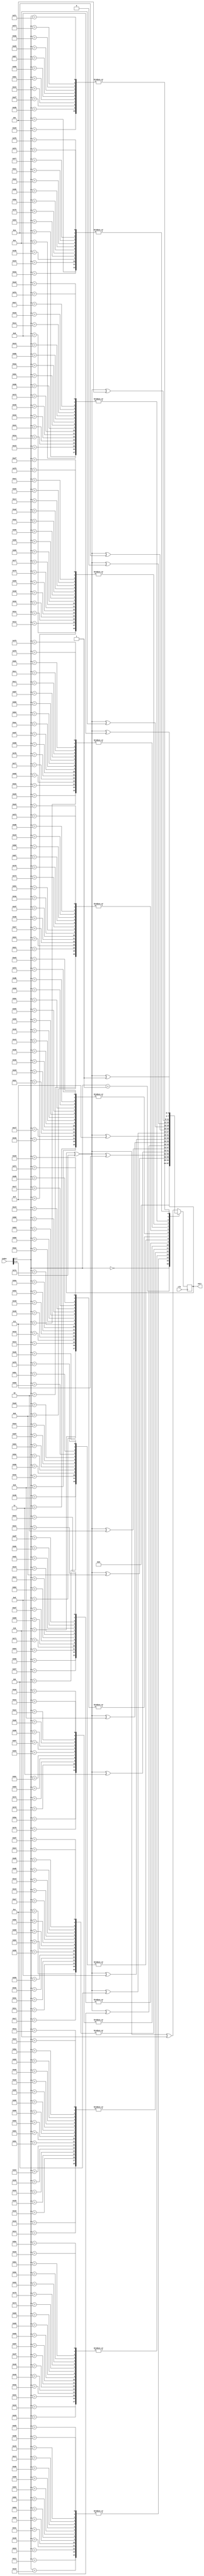
// DESCRIPTION: Verilator: Verilog Test module
//
// This file ONLY is placed into the Public Domain, for any use,
// without warranty, 2005 by Wilson Snyder.

module t_case_huge_sub3 (/*AUTOARG*/
   // Outputs
   outr, 
   // Inputs
   clk, index
   );

   input clk;
   input [9:0] index;
   output [3:0] outr;

   // =============================
   /*AUTOREG*/
   // Beginning of automatic regs (for this module's undeclared outputs)
   reg [3:0]		outr;
   // End of automatics

   // =============================
   // Created from perl
   //for $i (0..255) { $r=rand(4); printf "\t8'h%02x: begin outr <= outr^index[8:5]^4'h%01x; end\n", $i,
   //rand(256); };

   // Reset cheating
   initial outr = 4'b0;

   always @(posedge clk) begin
      case (index[7:0])
	8'h00: begin outr <= 4'h0; end
	8'h01: begin /*No Change*/ end
	8'h02: begin outr <= outr^index[8:5]^4'ha; end
	8'h03: begin outr <= outr^index[8:5]^4'h4; end
	8'h04: begin outr <= outr^index[8:5]^4'hd; end
	8'h05: begin outr <= outr^index[8:5]^4'h1; end
	8'h06: begin outr <= outr^index[8:5]^4'hf; end
	8'h07: begin outr <= outr^index[8:5]^4'he; end
	8'h08: begin outr <= outr^index[8:5]^4'h0; end
	8'h09: begin outr <= outr^index[8:5]^4'h4; end
	8'h0a: begin outr <= outr^index[8:5]^4'h5; end
	8'h0b: begin outr <= outr^index[8:5]^4'ha; end
	8'h0c: begin outr <= outr^index[8:5]^4'h2; end
	8'h0d: begin outr <= outr^index[8:5]^4'hf; end
	8'h0e: begin outr <= outr^index[8:5]^4'h5; end
	8'h0f: begin outr <= outr^index[8:5]^4'h0; end
	8'h10: begin outr <= outr^index[8:5]^4'h3; end
	8'h11: begin outr <= outr^index[8:5]^4'hb; end
	8'h12: begin outr <= outr^index[8:5]^4'h0; end
	8'h13: begin outr <= outr^index[8:5]^4'hf; end
	8'h14: begin outr <= outr^index[8:5]^4'h3; end
	8'h15: begin outr <= outr^index[8:5]^4'h5; end
	8'h16: begin outr <= outr^index[8:5]^4'h7; end
	8'h17: begin outr <= outr^index[8:5]^4'h2; end
	8'h18: begin outr <= outr^index[8:5]^4'h3; end
	8'h19: begin outr <= outr^index[8:5]^4'hb; end
	8'h1a: begin outr <= outr^index[8:5]^4'h5; end
	8'h1b: begin outr <= outr^index[8:5]^4'h4; end
	8'h1c: begin outr <= outr^index[8:5]^4'h2; end
	8'h1d: begin outr <= outr^index[8:5]^4'hf; end
	8'h1e: begin outr <= outr^index[8:5]^4'h0; end
	8'h1f: begin outr <= outr^index[8:5]^4'h4; end
	8'h20: begin outr <= outr^index[8:5]^4'h6; end
	8'h21: begin outr <= outr^index[8:5]^4'ha; end
	8'h22: begin outr <= outr^index[8:5]^4'h6; end
	8'h23: begin outr <= outr^index[8:5]^4'hb; end
	8'h24: begin outr <= outr^index[8:5]^4'ha; end
	8'h25: begin outr <= outr^index[8:5]^4'he; end
	8'h26: begin outr <= outr^index[8:5]^4'h7; end
	8'h27: begin outr <= outr^index[8:5]^4'ha; end
	8'h28: begin outr <= outr^index[8:5]^4'h3; end
	8'h29: begin outr <= outr^index[8:5]^4'h8; end
	8'h2a: begin outr <= outr^index[8:5]^4'h1; end
	8'h2b: begin outr <= outr^index[8:5]^4'h8; end
	8'h2c: begin outr <= outr^index[8:5]^4'h4; end
	8'h2d: begin outr <= outr^index[8:5]^4'h4; end
	8'h2e: begin outr <= outr^index[8:5]^4'he; end
	8'h2f: begin outr <= outr^index[8:5]^4'h8; end
	8'h30: begin outr <= outr^index[8:5]^4'ha; end
	8'h31: begin outr <= outr^index[8:5]^4'h7; end
	8'h32: begin outr <= outr^index[8:5]^4'h0; end
	8'h33: begin outr <= outr^index[8:5]^4'h3; end
	8'h34: begin outr <= outr^index[8:5]^4'h1; end
	8'h35: begin outr <= outr^index[8:5]^4'h3; end
	8'h36: begin outr <= outr^index[8:5]^4'h4; end
	8'h37: begin outr <= outr^index[8:5]^4'h6; end
	8'h38: begin outr <= outr^index[8:5]^4'h4; end
	8'h39: begin outr <= outr^index[8:5]^4'hb; end
	8'h3a: begin outr <= outr^index[8:5]^4'h7; end
	8'h3b: begin outr <= outr^index[8:5]^4'h1; end
	8'h3c: begin outr <= outr^index[8:5]^4'h2; end
	8'h3d: begin outr <= outr^index[8:5]^4'h0; end
	8'h3e: begin outr <= outr^index[8:5]^4'h2; end
	8'h3f: begin outr <= outr^index[8:5]^4'ha; end
	8'h40: begin outr <= outr^index[8:5]^4'h7; end
	8'h41: begin outr <= outr^index[8:5]^4'h5; end
	8'h42: begin outr <= outr^index[8:5]^4'h5; end
	8'h43: begin outr <= outr^index[8:5]^4'h4; end
	8'h44: begin outr <= outr^index[8:5]^4'h8; end
	8'h45: begin outr <= outr^index[8:5]^4'h5; end
	8'h46: begin outr <= outr^index[8:5]^4'hf; end
	8'h47: begin outr <= outr^index[8:5]^4'h6; end
	8'h48: begin outr <= outr^index[8:5]^4'h7; end
	8'h49: begin outr <= outr^index[8:5]^4'h4; end
	8'h4a: begin outr <= outr^index[8:5]^4'ha; end
	8'h4b: begin outr <= outr^index[8:5]^4'hd; end
	8'h4c: begin outr <= outr^index[8:5]^4'hb; end
	8'h4d: begin outr <= outr^index[8:5]^4'hf; end
	8'h4e: begin outr <= outr^index[8:5]^4'hd; end
	8'h4f: begin outr <= outr^index[8:5]^4'h7; end
	8'h50: begin outr <= outr^index[8:5]^4'h9; end
	8'h51: begin outr <= outr^index[8:5]^4'ha; end
	8'h52: begin outr <= outr^index[8:5]^4'hf; end
	8'h53: begin outr <= outr^index[8:5]^4'h3; end
	8'h54: begin outr <= outr^index[8:5]^4'h1; end
	8'h55: begin outr <= outr^index[8:5]^4'h0; end
	8'h56: begin outr <= outr^index[8:5]^4'h2; end
	8'h57: begin outr <= outr^index[8:5]^4'h9; end
	8'h58: begin outr <= outr^index[8:5]^4'h2; end
	8'h59: begin outr <= outr^index[8:5]^4'h4; end
	8'h5a: begin outr <= outr^index[8:5]^4'hc; end
	8'h5b: begin outr <= outr^index[8:5]^4'hd; end
	8'h5c: begin outr <= outr^index[8:5]^4'h3; end
	8'h5d: begin outr <= outr^index[8:5]^4'hb; end
	8'h5e: begin outr <= outr^index[8:5]^4'hd; end
	8'h5f: begin outr <= outr^index[8:5]^4'h7; end
	8'h60: begin outr <= outr^index[8:5]^4'h7; end
	8'h61: begin outr <= outr^index[8:5]^4'h3; end
	8'h62: begin outr <= outr^index[8:5]^4'h3; end
	8'h63: begin outr <= outr^index[8:5]^4'hb; end
	8'h64: begin outr <= outr^index[8:5]^4'h9; end
	8'h65: begin outr <= outr^index[8:5]^4'h4; end
	8'h66: begin outr <= outr^index[8:5]^4'h3; end
	8'h67: begin outr <= outr^index[8:5]^4'h6; end
	8'h68: begin outr <= outr^index[8:5]^4'h7; end
	8'h69: begin outr <= outr^index[8:5]^4'h7; end
	8'h6a: begin outr <= outr^index[8:5]^4'hf; end
	8'h6b: begin outr <= outr^index[8:5]^4'h6; end
	8'h6c: begin outr <= outr^index[8:5]^4'h8; end
	8'h6d: begin outr <= outr^index[8:5]^4'he; end
	8'h6e: begin outr <= outr^index[8:5]^4'h4; end
	8'h6f: begin outr <= outr^index[8:5]^4'h6; end
	8'h70: begin outr <= outr^index[8:5]^4'hc; end
	8'h71: begin outr <= outr^index[8:5]^4'h9; end
	8'h72: begin outr <= outr^index[8:5]^4'h5; end
	8'h73: begin outr <= outr^index[8:5]^4'ha; end
	8'h74: begin outr <= outr^index[8:5]^4'h7; end
	8'h75: begin outr <= outr^index[8:5]^4'h0; end
	8'h76: begin outr <= outr^index[8:5]^4'h1; end
	8'h77: begin outr <= outr^index[8:5]^4'he; end
	8'h78: begin outr <= outr^index[8:5]^4'ha; end
	8'h79: begin outr <= outr^index[8:5]^4'h7; end
	8'h7a: begin outr <= outr^index[8:5]^4'hf; end
	8'h7b: begin outr <= outr^index[8:5]^4'he; end
	8'h7c: begin outr <= outr^index[8:5]^4'h6; end
	8'h7d: begin outr <= outr^index[8:5]^4'hc; end
	8'h7e: begin outr <= outr^index[8:5]^4'hc; end
	8'h7f: begin outr <= outr^index[8:5]^4'h0; end
	8'h80: begin outr <= outr^index[8:5]^4'h0; end
	8'h81: begin outr <= outr^index[8:5]^4'hd; end
	8'h82: begin outr <= outr^index[8:5]^4'hb; end
	8'h83: begin outr <= outr^index[8:5]^4'hc; end
	8'h84: begin outr <= outr^index[8:5]^4'h2; end
	8'h85: begin outr <= outr^index[8:5]^4'h8; end
	8'h86: begin outr <= outr^index[8:5]^4'h3; end
	8'h87: begin outr <= outr^index[8:5]^4'ha; end
	8'h88: begin outr <= outr^index[8:5]^4'he; end
	8'h89: begin outr <= outr^index[8:5]^4'h9; end
	8'h8a: begin outr <= outr^index[8:5]^4'h1; end
	8'h8b: begin outr <= outr^index[8:5]^4'h1; end
	8'h8c: begin outr <= outr^index[8:5]^4'hc; end
	8'h8d: begin outr <= outr^index[8:5]^4'h2; end
	8'h8e: begin outr <= outr^index[8:5]^4'h2; end
	8'h8f: begin outr <= outr^index[8:5]^4'hd; end
	8'h90: begin outr <= outr^index[8:5]^4'h0; end
	8'h91: begin outr <= outr^index[8:5]^4'h6; end
	8'h92: begin outr <= outr^index[8:5]^4'h7; end
	8'h93: begin outr <= outr^index[8:5]^4'hc; end
	8'h94: begin outr <= outr^index[8:5]^4'hb; end
	8'h95: begin outr <= outr^index[8:5]^4'h3; end
	8'h96: begin outr <= outr^index[8:5]^4'h0; end
	8'h97: begin outr <= outr^index[8:5]^4'hc; end
	8'h98: begin outr <= outr^index[8:5]^4'hc; end
	8'h99: begin outr <= outr^index[8:5]^4'hb; end
	8'h9a: begin outr <= outr^index[8:5]^4'h6; end
	8'h9b: begin outr <= outr^index[8:5]^4'h5; end
	8'h9c: begin outr <= outr^index[8:5]^4'h5; end
	8'h9d: begin outr <= outr^index[8:5]^4'h4; end
	8'h9e: begin outr <= outr^index[8:5]^4'h7; end
	8'h9f: begin outr <= outr^index[8:5]^4'he; end
	8'ha0: begin outr <= outr^index[8:5]^4'hc; end
	8'ha1: begin outr <= outr^index[8:5]^4'hc; end
	8'ha2: begin outr <= outr^index[8:5]^4'h0; end
	8'ha3: begin outr <= outr^index[8:5]^4'h1; end
	8'ha4: begin outr <= outr^index[8:5]^4'hd; end
	8'ha5: begin outr <= outr^index[8:5]^4'h3; end
	8'ha6: begin outr <= outr^index[8:5]^4'hc; end
	8'ha7: begin outr <= outr^index[8:5]^4'h2; end
	8'ha8: begin outr <= outr^index[8:5]^4'h3; end
	8'ha9: begin outr <= outr^index[8:5]^4'hd; end
	8'haa: begin outr <= outr^index[8:5]^4'h5; end
	8'hab: begin outr <= outr^index[8:5]^4'hb; end
	8'hac: begin outr <= outr^index[8:5]^4'he; end
	8'had: begin outr <= outr^index[8:5]^4'h0; end
	8'hae: begin outr <= outr^index[8:5]^4'hf; end
	8'haf: begin outr <= outr^index[8:5]^4'h9; end
	8'hb0: begin outr <= outr^index[8:5]^4'hf; end
	8'hb1: begin outr <= outr^index[8:5]^4'h7; end
	8'hb2: begin outr <= outr^index[8:5]^4'h9; end
	8'hb3: begin outr <= outr^index[8:5]^4'hf; end
	8'hb4: begin outr <= outr^index[8:5]^4'he; end
	8'hb5: begin outr <= outr^index[8:5]^4'h3; end
	8'hb6: begin outr <= outr^index[8:5]^4'he; end
	8'hb7: begin outr <= outr^index[8:5]^4'h8; end
	8'hb8: begin outr <= outr^index[8:5]^4'hf; end
	8'hb9: begin outr <= outr^index[8:5]^4'hd; end
	8'hba: begin outr <= outr^index[8:5]^4'h3; end
	8'hbb: begin outr <= outr^index[8:5]^4'h5; end
	8'hbc: begin outr <= outr^index[8:5]^4'hd; end
	8'hbd: begin outr <= outr^index[8:5]^4'ha; end
	8'hbe: begin outr <= outr^index[8:5]^4'h7; end
	8'hbf: begin outr <= outr^index[8:5]^4'he; end
	8'hc0: begin outr <= outr^index[8:5]^4'h2; end
	8'hc1: begin outr <= outr^index[8:5]^4'he; end
	8'hc2: begin outr <= outr^index[8:5]^4'h9; end
	8'hc3: begin outr <= outr^index[8:5]^4'hb; end
	8'hc4: begin outr <= outr^index[8:5]^4'h0; end
	8'hc5: begin outr <= outr^index[8:5]^4'h5; end
	8'hc6: begin outr <= outr^index[8:5]^4'h9; end
	8'hc7: begin outr <= outr^index[8:5]^4'h6; end
	8'hc8: begin outr <= outr^index[8:5]^4'ha; end
	8'hc9: begin outr <= outr^index[8:5]^4'hf; end
	8'hca: begin outr <= outr^index[8:5]^4'h3; end
	8'hcb: begin outr <= outr^index[8:5]^4'hb; end
	8'hcc: begin outr <= outr^index[8:5]^4'he; end
	8'hcd: begin outr <= outr^index[8:5]^4'h2; end
	8'hce: begin outr <= outr^index[8:5]^4'h5; end
	8'hcf: begin outr <= outr^index[8:5]^4'hf; end
	8'hd0: begin outr <= outr^index[8:5]^4'h2; end
	8'hd1: begin outr <= outr^index[8:5]^4'h9; end
	8'hd2: begin outr <= outr^index[8:5]^4'hb; end
	8'hd3: begin outr <= outr^index[8:5]^4'h8; end
	8'hd4: begin outr <= outr^index[8:5]^4'h0; end
	8'hd5: begin outr <= outr^index[8:5]^4'h2; end
	8'hd6: begin outr <= outr^index[8:5]^4'hb; end
	8'hd7: begin outr <= outr^index[8:5]^4'h2; end
	8'hd8: begin outr <= outr^index[8:5]^4'ha; end
	8'hd9: begin outr <= outr^index[8:5]^4'hf; end
	8'hda: begin outr <= outr^index[8:5]^4'h8; end
	8'hdb: begin outr <= outr^index[8:5]^4'h4; end
	8'hdc: begin outr <= outr^index[8:5]^4'he; end
	8'hdd: begin outr <= outr^index[8:5]^4'h6; end
	8'hde: begin outr <= outr^index[8:5]^4'h9; end
	8'hdf: begin outr <= outr^index[8:5]^4'h9; end
	8'he0: begin outr <= outr^index[8:5]^4'h7; end
	8'he1: begin outr <= outr^index[8:5]^4'h0; end
	8'he2: begin outr <= outr^index[8:5]^4'h9; end
	8'he3: begin outr <= outr^index[8:5]^4'h3; end
	8'he4: begin outr <= outr^index[8:5]^4'h2; end
	8'he5: begin outr <= outr^index[8:5]^4'h4; end
	8'he6: begin outr <= outr^index[8:5]^4'h5; end
	8'he7: begin outr <= outr^index[8:5]^4'h5; end
	8'he8: begin outr <= outr^index[8:5]^4'hf; end
	8'he9: begin outr <= outr^index[8:5]^4'ha; end
	8'hea: begin outr <= outr^index[8:5]^4'hc; end
	8'heb: begin outr <= outr^index[8:5]^4'hd; end
	8'hec: begin outr <= outr^index[8:5]^4'h1; end
	8'hed: begin outr <= outr^index[8:5]^4'h5; end
	8'hee: begin outr <= outr^index[8:5]^4'h9; end
	8'hef: begin outr <= outr^index[8:5]^4'h0; end
	8'hf0: begin outr <= outr^index[8:5]^4'hd; end
	8'hf1: begin outr <= outr^index[8:5]^4'hf; end
	8'hf2: begin outr <= outr^index[8:5]^4'h4; end
	8'hf3: begin outr <= outr^index[8:5]^4'ha; end
	8'hf4: begin outr <= outr^index[8:5]^4'h8; end
	8'hf5: begin outr <= outr^index[8:5]^4'he; end
	8'hf6: begin outr <= outr^index[8:5]^4'he; end
	8'hf7: begin outr <= outr^index[8:5]^4'h1; end
	8'hf8: begin outr <= outr^index[8:5]^4'h6; end
	8'hf9: begin outr <= outr^index[8:5]^4'h0; end
	8'hfa: begin outr <= outr^index[8:5]^4'h5; end
	8'hfb: begin outr <= outr^index[8:5]^4'h1; end
	8'hfc: begin outr <= outr^index[8:5]^4'h8; end
	8'hfd: begin outr <= outr^index[8:5]^4'h6; end
	8'hfe: begin outr <= outr^index[8:5]^4'h1; end
	default: begin outr <= outr^index[8:5]^4'h6; end
      endcase
   end
endmodule